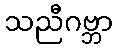
သညီဂဗ္ဘာ